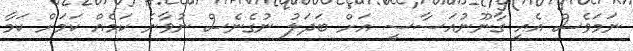
ނަމަވެސް އެއީ ގާނޫނުއަސާސީ އަށް ބަދަލު ނުގެނެސް ނުވާނެ ކަމެއް ކަމަށް ކަމާ